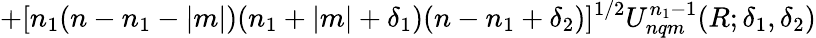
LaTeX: +[n_{1}(n-n_{1}-|m|)(n_{1}+|m|+\delta_{1})(n-n_{1}+\delta_{2})]^{1/2}U_{nqm}^{n_{1}-1}(R;\delta_{1},\delta_{2})